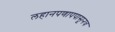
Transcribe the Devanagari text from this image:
लहानपणापपासूनच